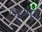
જગદ